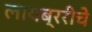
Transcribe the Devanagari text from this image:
लायब्ररीचे